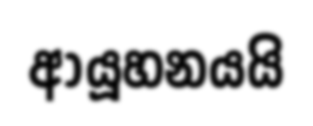
ආයූහනයයි